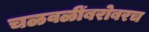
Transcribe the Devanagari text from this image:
चळवळींबरोबरच